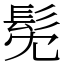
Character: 髧